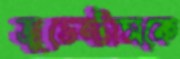
জুভেন্টাসকে